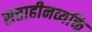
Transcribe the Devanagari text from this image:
सत्ताहीनव्यक्ति